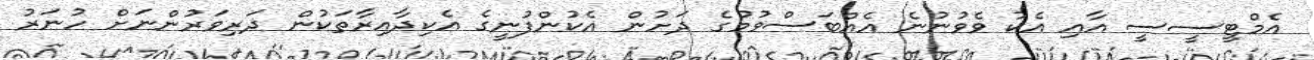
އެމްޓީސީސީ އާއި އެކު ވެވުނުނެ އެއްބަސްވުމުގެ ދަށުން އެކުންފުނީގެ އެކިދާއިރާތަކުން ދަރިވަރުންނަށް ހުނަރު